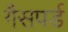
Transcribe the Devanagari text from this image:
गैसपर्ड